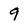
Character: 9